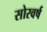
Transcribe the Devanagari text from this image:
सोरवर्ष